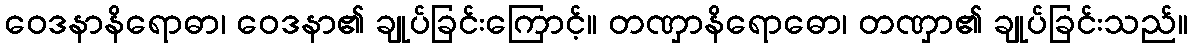
ဝေဒနာနိရောဓာ၊ ဝေဒနာ၏ ချုပ်ခြင်းကြောင့်။ တဏှာနိရောဓော၊ တဏှာ၏ ချုပ်ခြင်းသည်။